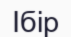
Ібір